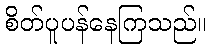
စိတ်ပူပန်နေကြသည်။